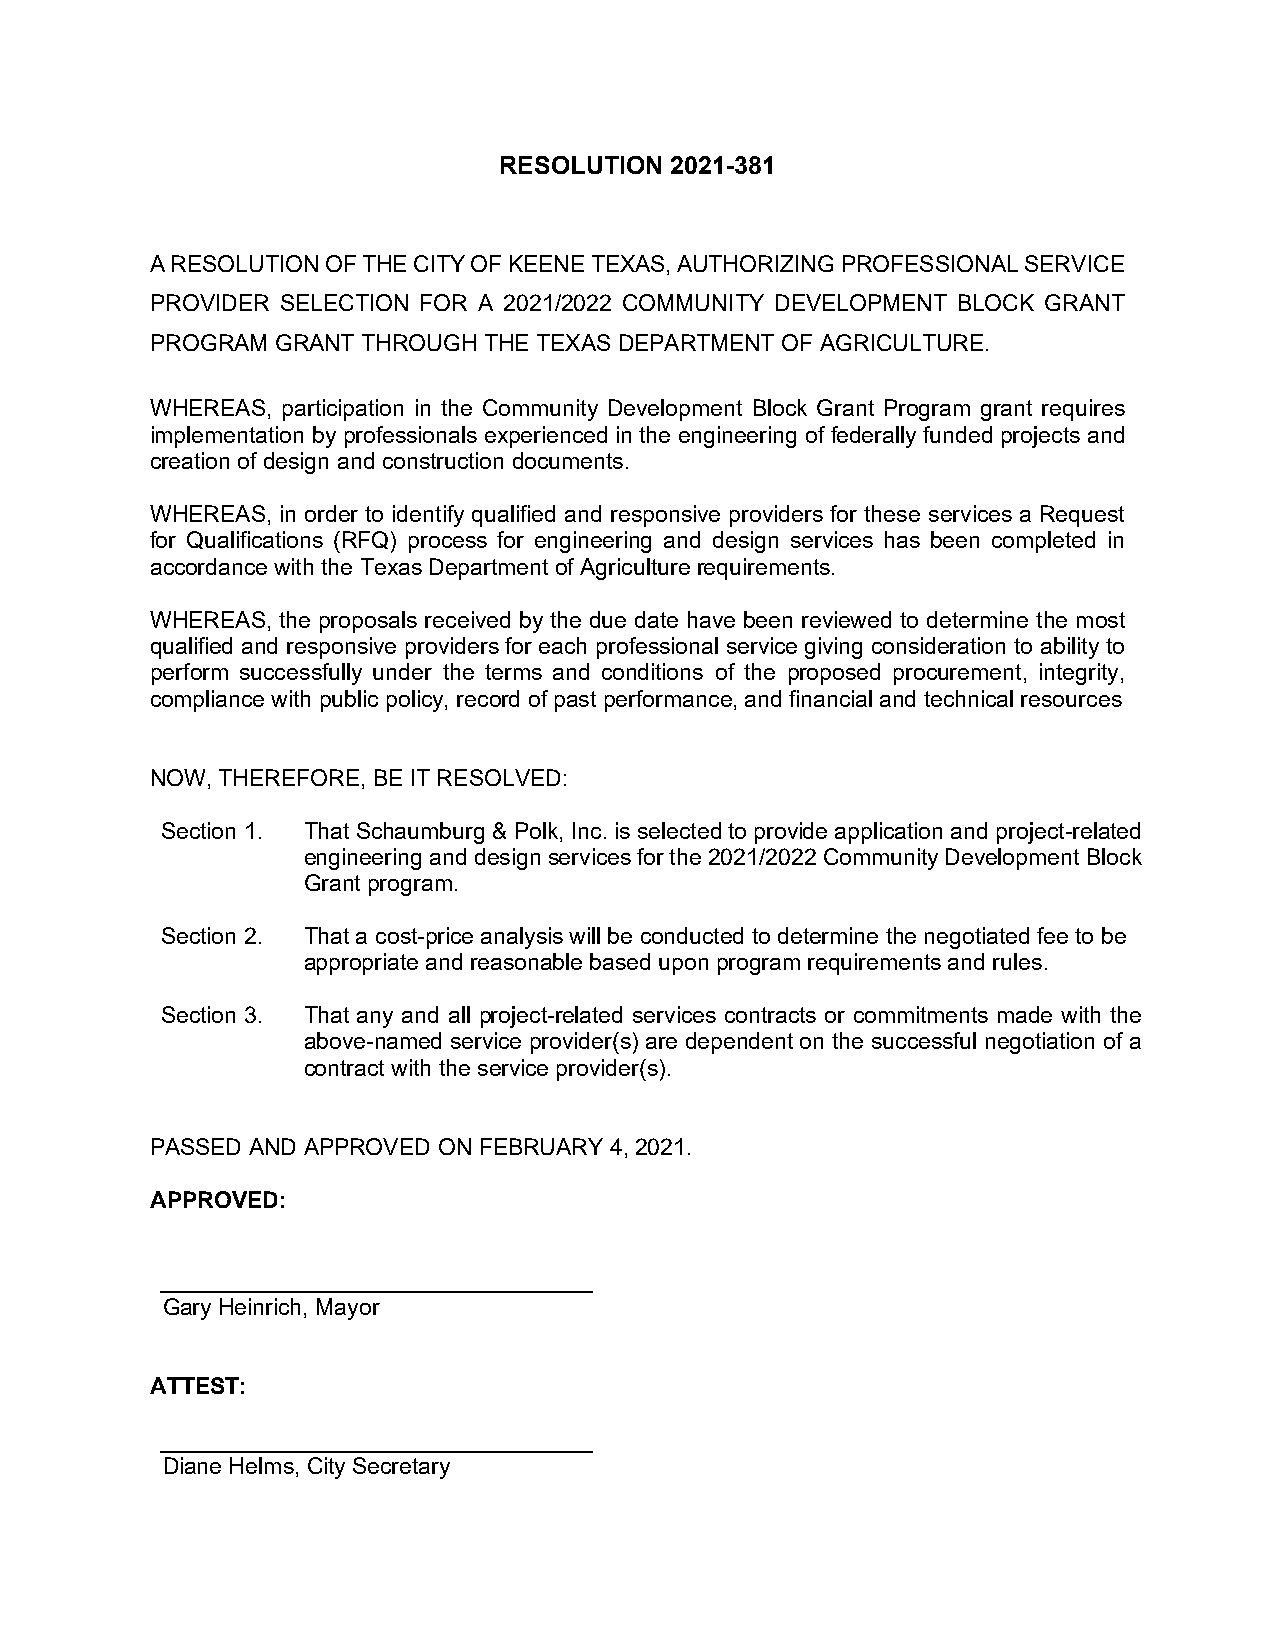
RESOLUTION 2021-381
 A RESOLUTION OF THE CITY OF KEENE TEXAS, AUTHORIZING PROFESSIONAL SERVICE
 PROVIDER SELECTION FOR A 2021/2022 COMMUNITY DEVELOPMENT BLOCK GRANT
 PROGRAM GRANT THROUGH THE TEXAS DEPARTMENT OF AGRICULTURE.
 WHEREAS, participation in the Community Development Block Grant Program grant requires
 implementation by professionals experienced in the engineering of federally funded projects and
 creation of design and construction documents.
 WHEREAS, in order to identify qualified and responsive providers for these services a Request
 for Qualifications (RFQ) process for engineering and design services has been completed in
 accordance with the Texas Department of Agriculture requirements.
 WHEREAS, the proposals received by the due date have been reviewed to determine the most
 qualified and responsive providers for each professional service giving consideration to ability to
 perform successfully under the terms and conditions of the proposed procurement, integrity,
 compliance with public policy, record of past performance, and financial and technical resources
 NOW, THEREFORE, BE IT RESOLVED:
 Section 1. That Schaumburg & Polk, Inc. is selected to provide application and project-related
 engineering and design services for the 2021/2022 Community Development Block
 Grant program.
 Section 2. That a cost-price analysis will be conducted to determine the negotiated fee to be
 appropriate and reasonable based upon program requirements and rules.
 Section 3. That any and all project-related services contracts or commitments made with the
 above-named service provider(s) are dependent on the successful negotiation of a
 contract with the service provider(s).
 PASSED AND APPROVED ON FEBRUARY 4, 2021.
 APPROVED:
 Gary Heinrich, Mayor
 ATTEST:
 Diane Helms, City Secretary